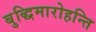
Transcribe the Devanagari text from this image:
बुद्धिमारोहन्ति